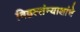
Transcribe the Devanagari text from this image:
विद्वत्संन्याशांचे